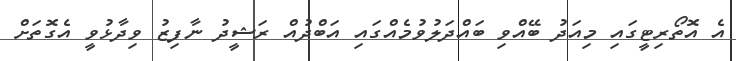
އެ އޮތޯރިޓީގައި މިއަދު ބޭއްވި ބައްދަލުވުމެއްގައި އަބްދުއް ރަޝީދު ނާފިޒު ވިދާޅުވީ އެގޮތަށް